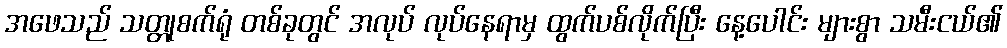
အဖေသည် သတ္တုစက်ရုံ တစ်ခုတွင် အလုပ် လုပ်နေရာမှ ထွက်ပစ်လိုက်ပြီး နေ့ပေါင်း များစွာ သမီးငယ်၏